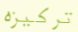
تركيزه